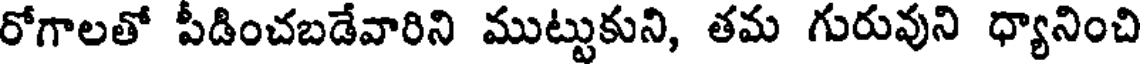
రోగాలతో పీడించబడేవారిని ముట్టుకుని, తమ గురువుని ధ్యానించి